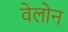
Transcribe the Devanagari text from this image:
वेलोन